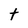
Character: t